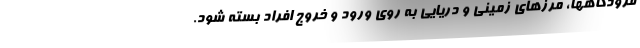
فرودگاهها، مرز‌های زمینی و دریایی به روی ورود و خروج افراد بسته شود.